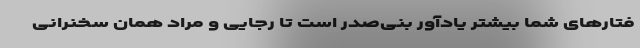
فتارهای شما بیشتر یادآور بنی‌صدر است تا رجایی و مراد همان سخنرانی